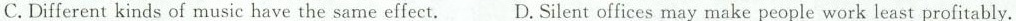
C.Different kinds of music have the same effect. D.Silent offices may make people work least profitably.